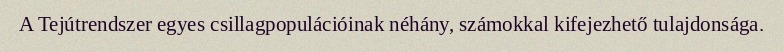
A Tejútrendszer egyes csillagpopulációinak néhány, számokkal kifejezhető tulajdonsága.